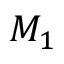
M _ { 1 }